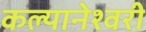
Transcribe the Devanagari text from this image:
कल्यानेश्वरी